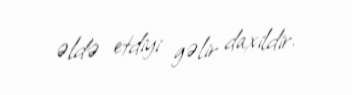
əldə etdiyi gəlir daxildir.